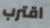
اقترب